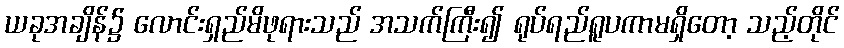
ယခုအချိန်၌ လောင်းရှည်မိဖုရားသည် အသက်ကြီး၍ ရုပ်ရည်ရူပကာမရှိတော့ သည့်တိုင်